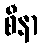
စီနာ